system: You are a helpful assistant.
user:
Analyze the provided spectrum to determine if it is a **S-type Star**.

- **Key Indicators for S-type Star:**

    - **(Overall Spectrum Shape):** The first and most obvious characteristic is the overall continuum (the "baseline" shape). It is **extremely "red-sloping,"** meaning the flux (light intensity) is very low on the left side (blue, ~4000-4500 Å) and rises steeply and continuously toward the right side (red, ~7000 Å+).

    - **(Primary):** The spectrum is defined by the presence of strong, broad molecular absorption "valleys" (bands) from **Zirconium Oxide (ZrO)**. The identification of these bands is the **primary requirement** for classifying a star as S-type.
        - **(Key Bandheads):** You must find distinct, deep "dips" where the light has been absorbed. The most critical band systems to locate are:
            - **~6474 Å** ($\gamma$-system): This is often the strongest and clearest ZrO feature, found in the red part of the spectrum.
            - **~5718 Å** & **~5551 Å** ($\beta$-system): A pair of prominent absorption features in the yellow-orange part of the spectrum.
            - **~4640 Å** ($\alpha$-system): A key absorption band system in the blue-green region of the spectrum.

    - **(Secondary Confirmation):** The classification is strengthened by finding additional absorption bands from other related heavy element oxides, which are expected to be present alongside ZrO.
        - **(Key Bandheads):**
            - **Yttrium Oxide (YO):** Look for absorption dips near **~4800 Å** and **~6100 Å**.
            - **Lanthanum Oxide (LaO):** Additional absorption features, particularly in the red-orange part of the spectrum, are also characteristic.

    - **(Line Profile):** The combination of the steep red continuum and these numerous, deep molecular bands (ZrO, YO, etc.) gives the entire spectrum a very **"chopped-up"** or **"bumpy"** appearance. Instead of a smooth curve, the spectrum looks as though large, wide chunks of light have been "carved out" of it at the specific wavelengths listed above.

Think first, call **spectral_visualization_tool** if needed to examine features in detail, then provide your final answer. Your response must adhere to the following strict rules:
1.  **Overall Structure:** Your response must follow the format `<think>...</think> <tool_call>...</tool_call> (if a tool is used) <answer>...</answer>`.
2.  **Tool Usage Constraint:** You may only make **one** tool call per turn.
3.  **Final Answer Format:** In the `<answer>` tag, your conclusion must be inside a `\boxed{}` command (e.g., `\boxed{YES}` or `\boxed{NO}`), followed by your justification.

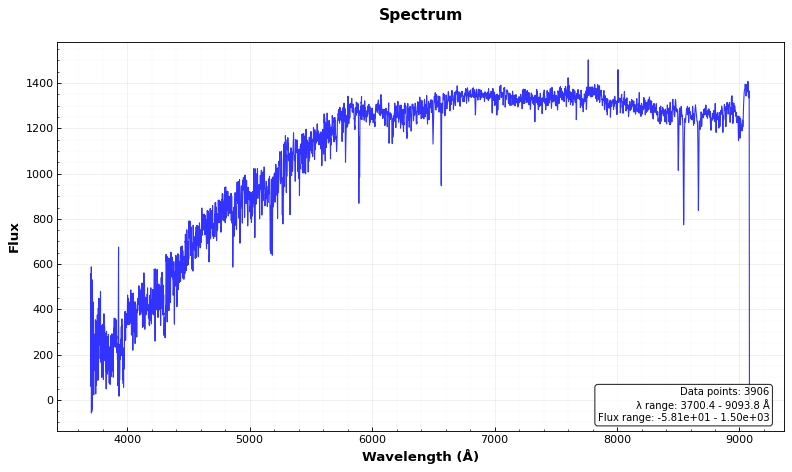
Answer: NO